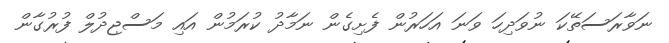
ނަވާރަސަތޭކަ ނުވަދިހަ ވަނަ އަހަރުން ފެށިގެން ނަމާދު ކުރަމުން އައި މަސްޖިދުލް ފުރުގާން